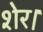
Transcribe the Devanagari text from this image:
शेर।